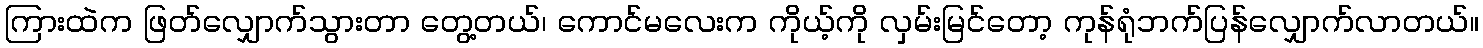
ကြားထဲက ဖြတ်လျှောက်သွားတာ တွေ့တယ်၊ ကောင်မလေးက ကိုယ့်ကို လှမ်းမြင်တော့ ကုန်ရုံဘက်ပြန်လျှောက်လာတယ်။